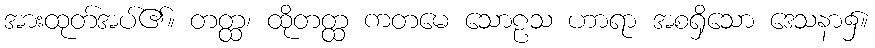
အားထုတ်အပ်၏။ တတ္ထ၊ ထိုတတ္ထ ကတမေ သောဠသ ဟာရာ အစရှိသော ဒေသနာ၌။